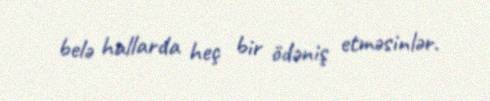
belə hallarda heç bir ödəniş etməsinlər.